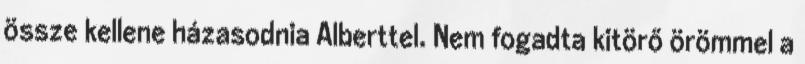
össze kellene házasodnia Alberttel. Nem fogadta kitörő örömmel a